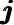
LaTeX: \pmb{j}